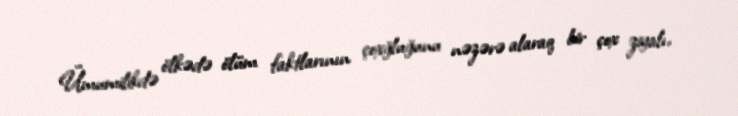
Ümumilikdə ölkədə ölüm faktlarının çoxğluğunu nəzərə alaraq bir çox ziyalı,